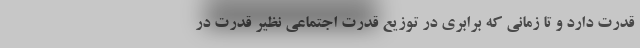
قدرت دارد و تا زمانی که برابری در توزیع قدرت اجتماعی نظیر قدرت در